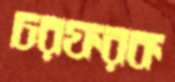
চরফরক